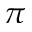
\pi